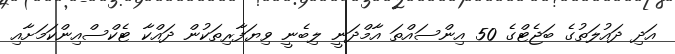
އަދި ދައުލަތުގެ ބަޖެޓްގެ 50 އިންސައްތަ އާމްދަނީ ލިބެނީ ވިޔަފާރިތަކުން ދައްކާ ޓެކްސްއިންކަމަށާއި